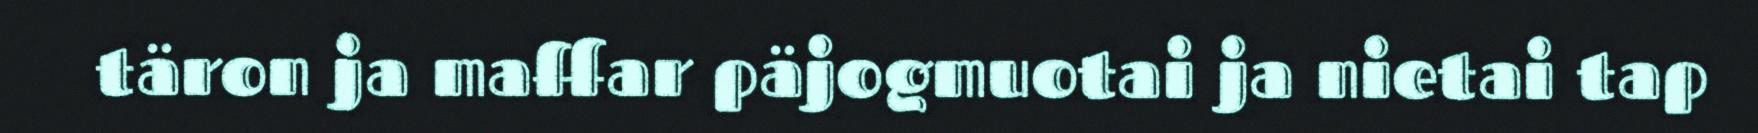
täron ja maffar päjogmuotai ja nietai tap